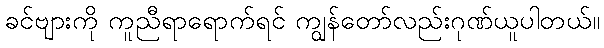
ခင်ဗျားကို ကူညီရာရောက်ရင် ကျွန်တော်လည်းဂုဏ်ယူပါတယ်။